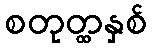
စတုတ္ထနှစ်